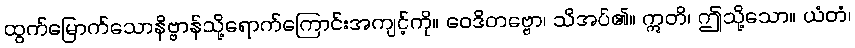
ထွက်မြောက်သောနိဗ္ဗာန်သို့ရောက်ကြောင်းအကျင့်ကို။ ဝေဒိတဗ္ဗော၊ သိအပ်၏။ ဣတိ၊ ဤသို့သော။ ယံတံ၊